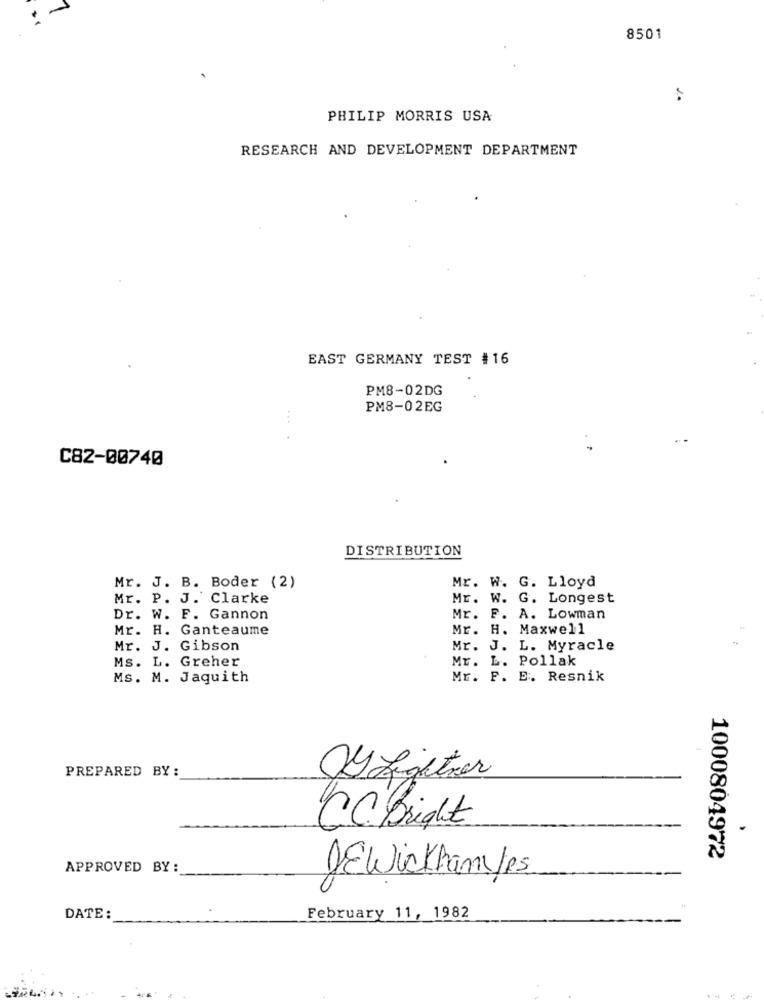
8501
2.
PHILIP MORRIS USA
RESEARCH AND DEVELOPMENT DEPARTMENT
EAST GERMANY TEST # 16
PM8-02DG
PM8-02EG
C82-00740
DISTRIBUTION
Mr. J. B. Boder (2)
Mr. W. G. Lloyd
Mr. P. J. Clarke
Mr. W. G. Longest
Dr. W. F. Gannon
Mr. F. A. Lowman
Mr. H. Ganteaume
Mr. H. Maxwell
Mr. J. Gibson
Mr. J. L. Myracle
Ms. L. Greher
Mr. L. Pollak
Ms. M. Jaquith
Mr. F. E. Resnik
PREPARED BY :
VZighter
CC. Bright
1000804972
APPROVED BY:
JEWickhamYes
DATE:
February 11, 1982